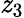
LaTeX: \mathit{z}_{3}